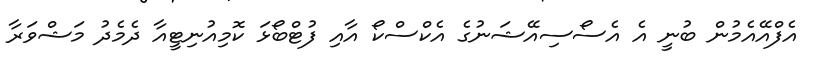
އެފްއޭއެމުން ބުނީ އެ އެސޯސިއޭޝަނުގެ އެކްސްކޯ އާއި ފުޓްބޯޅަ ކޮމިއުނިޓީއާ ދެމެދު މަޝްވަރާ